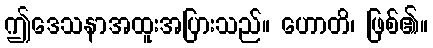
ဤဒေသနာအထူးအပြားသည်။ ဟောတိ၊ ဖြစ်၏။